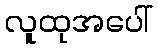
လူထုအပေါ်